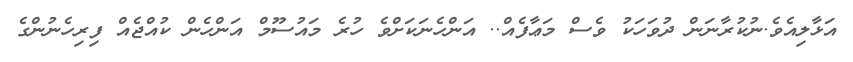
އަޅާލިއެވެ.ނުކުރާނަން ދުވަހަކު ވެސް މަޢާފެއް.. އަންހެނަކަށްވެ ހުރެ މައުސޫމް އަންހެން ކުއްޖެއް ފިރިހެނުންގެ